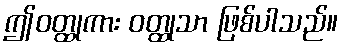
ဤဝတ္ထုကား ဝတ္ထုသာ ဖြစ်ပါသည်။